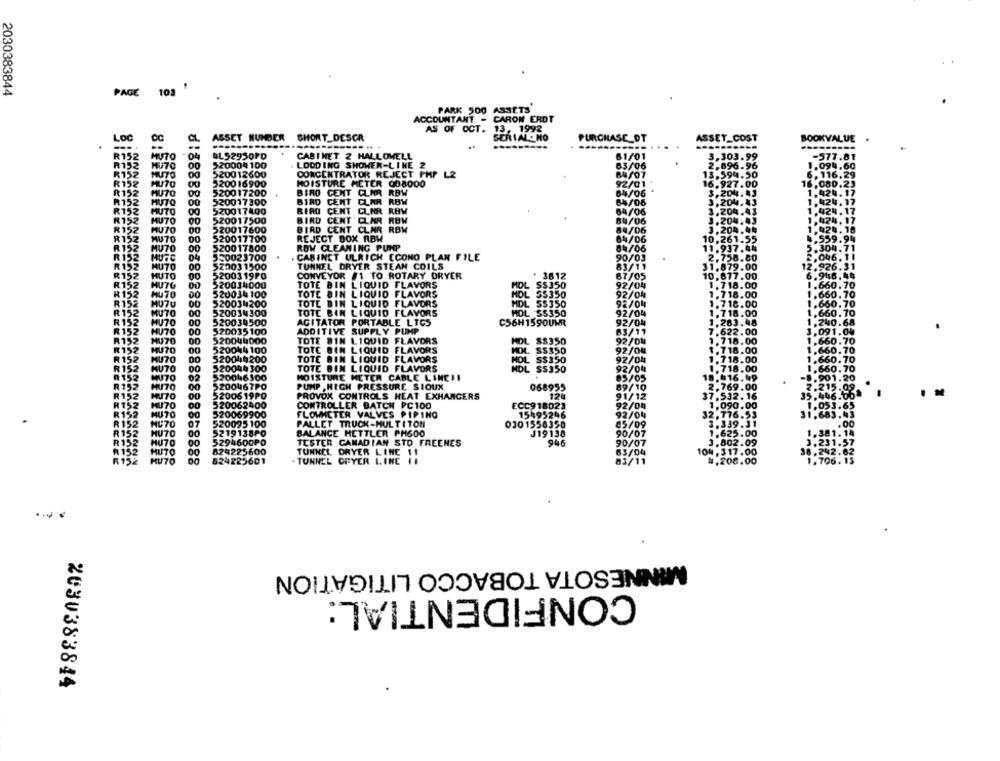
2030383844
PAGE
102
PARK 500 ASSETS
ACCOUNTANT - CARON ERDT
AS OF OCT. 13, 1992
LOC
ASSET HUNDER SHORT_DESCR
SERIAL. NO
PURCHASE_DT
ASSET_COST
KVALUE
CC
R152
MUTO
. 04
ALS2950PD
CABINET 2 HALLOWELL
3,303.99
MU70
00
>20004 100
. LODD ING SHOWER-LINE
896.9
R152
00
520012600
CONCENTRATOR REJECT PHP L&
R152
MUTO
00
520016900
MOISTURE METER 008000
R152
00
520017200
BIRO CENT CLAR RBW
R152
MUTO
00
520017300
BIRD CENT CLAR RBW
R152
MUTO
00
520017400
BIRO CENT CLNR ROW
424.
R152
MUTO
00
520017500
BIRD CENT CLAR RUW
8152
MUTO
520017600
BIRD CENT CLAR RBW
REJECT BOX ABW
R152
MUTO
00
520017700
R152
MUTO
00
520017800
ROW CLEANING PUMP
R152
50023700
. CABINET ULRICH ECONO PLAN FILE
R152
MU70
23031500
TUNNEL DRYER STEAM COILS
R152
HUTO
CONVEYOR /1 TO ROTARY DRYER
3812
67/05
5200319PO
10,877.00
R152
MUTO
882
520014000
TOTE BIN LIQUID FLAVORS
S$350
92/04
1.718.00
R152
MU 70
00
520034 100
TOTE BIN LIQUID FLAVORS
HOL
55350
92/04
1.718.00
R152
MUTU
00
5200341200
TOTE BIN LIQUID FLAVORS
DL
55350
92/04
1.718.00
R152
MUTO
520034300
TOTE BIN LIQUID FLAVORS
MOL SS350
92/04
1.718.00
R152
HU70
520034500
AGITATOR PORTABLE LICS
C56H1590UWR
92/04
1.263.48
1.240.68
R152
HU70
520035 100
ADDITIVE SUPPLY PUMP
83/11
7.622.00
3,091.04
R152
MU70
00
520044000
TOTE BIN LIQUID FLAVORS
HOL $$350
92/04
1.718.00
1.660.70
R152
520044100
TOTE BIN LIQUID FLAVORS
AK SS350
92/04
1.718.00
1.660.70
R152
5200410200
TOTE BIN LIQUID FLAVORS
HOL SS350
92/04
1.718.00
1.660.70
MU70
R152
MUTO
520044300
TOTE BIN LIQUID FLAVORS
HOL SS350
92/04
1.718.00
1.660.70
R152
MUTO
02
520046500
MOISTURE METER CABLE LINCHI
85/05
18.016.49
.901.20
R152
MUTO
5200467PO
PUMP , HIGH PRESSURE SIOUX
068955
89/10
2.769.00
215.09
R152
MUTO
5200619PO
PROVOK CONTROLS HEAT EXHANGERS
91/12
37.532. 16
R152
520062400
92/04
1.090.00
2.446.00
MUTO
CONTROLLER BATCH PC100
ECC918023
1.053.65
R152
MUTO
520069900
FLOWNCTER VALVES PIPINO
15495246
92/04
32,776.53
1.683.43
R152
MUTO
07
520095 100
PALLET TRUCK-MULTITON
0301556350
05/09
3.339.31
R152
MUTO
5219138PO
BALANCE HETTLER PH600
J19138
90/07
1.625.00
R152
MU70
00
5294600PO
90/07
3.802.09
R 152
TESTER CANADIAN STO FREENES
946
MUTO
00
824225600
TUNNEL DRYER LINE 11
63/04
104. 317.00
R152
KU70
524225601
. TUNNEL CRYER LINE ..
83/11
4,208.00
...
MINNESOTA TOBACCO LITIGATION
CONFIDENTIAL:
2030383844